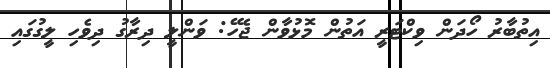
އިތުބާރު ހޯދަން ވިކްޓަރީ އަތުން މޮޅުވާން ޖެހޭ: ވަންލީ ދިރާގު ދިވެހި ލީގުގައި